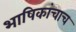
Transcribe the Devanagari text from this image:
भाषिकांचाच